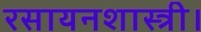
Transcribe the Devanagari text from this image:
रसायनशास्त्री।